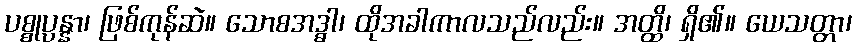
ပစ္စုပ္ပန္နာ၊ ဖြစ်ကုန်ဆဲ။ သောစအဒ္ဓါ၊ ထိုအခါကာလသည်လည်း။ အတ္ထိ၊ ရှိ၏။ ယေသတ္တာ၊